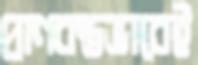
প্রাণবন্তভাবেই